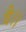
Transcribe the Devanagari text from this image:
वै।।